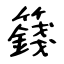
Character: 籛